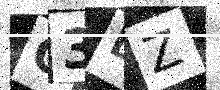
Text: G3DZ